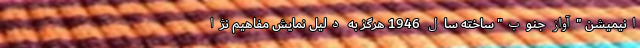
انیمیشن‌ "آواز جنوب" ساخته سال 1946 هرگز به دلیل نمایش مفاهیم نژا